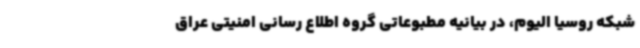
شبکه روسیا الیوم، در بیانیه مطبوعاتی گروه اطلاع رسانی امنیتی عراق